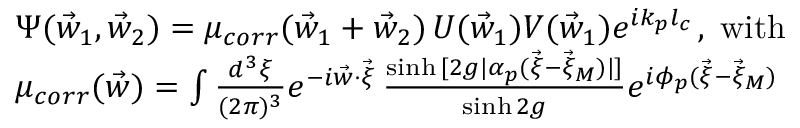
\begin{array} { r l } & { \Psi ( \vec { w } _ { 1 } , \vec { w } _ { 2 } ) = \mu _ { c o r r } ( \vec { w } _ { 1 } + \vec { w } _ { 2 } ) \, U ( \vec { w } _ { 1 } ) V ( \vec { w } _ { 1 } ) e ^ { i k _ { p } l _ { c } } \, , \; \mathrm { w i t h } } \\ & { \mu _ { c o r r } ( \vec { w } ) = \int \frac { d ^ { 3 } \xi } { ( 2 \pi ) ^ { 3 } } e ^ { - i \vec { w } \cdot \vec { \xi } } \, \frac { \sinh { [ 2 g | { \alpha } _ { p } ( \vec { \xi } - \vec { \xi } _ { M } ) | ] } } { \sinh { 2 g } } e ^ { i \phi _ { p } ( \vec { \xi } - \vec { \xi } _ { M } ) } } \end{array}